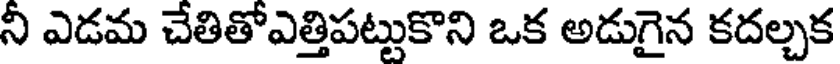
నీ ఎడమ చేతితోఎత్తిపట్టుకొని ఒక అడుగైన కదల్చక